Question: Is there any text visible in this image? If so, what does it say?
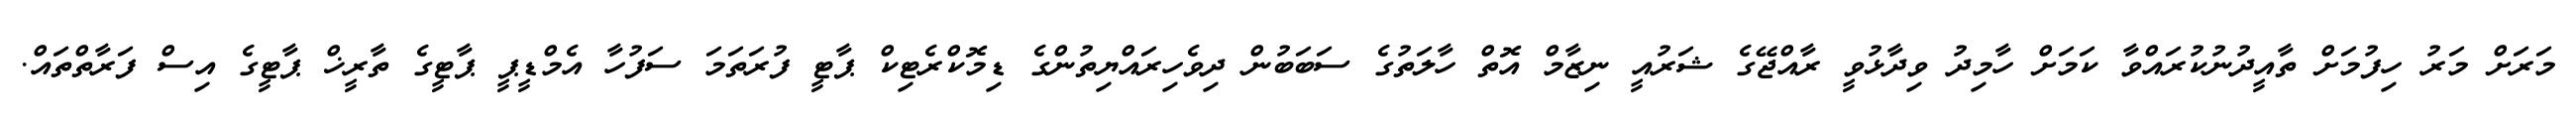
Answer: މަރަށް މަރު ހިފުމަށް ތާއީދުނުކުރައްވާ ކަމަށް ހާމިދު ވިދާޅުވީ ރާއްޖޭގެ ޝަރުއީ ނިޒާމް އޮތް ހާލަތުގެ ސަބަބުން ދިވެހިރައްޔިތުންގެ ޑިމޮކްރެޓިކް ޕާޓީ ފުރަތަމަ ސަފުހާ އެމްޑީޕީ ޕާޓީގެ ތާރީޚް ޕާޓީގެ އިސް ފަރާތްތައް.